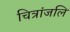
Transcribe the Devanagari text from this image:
चित्रांजलि